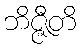
ဘိဇ္ဇီတိ